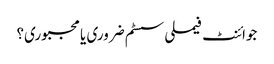
جوائنٹ فیملی سسٹم ضروری یا مجبوری؟